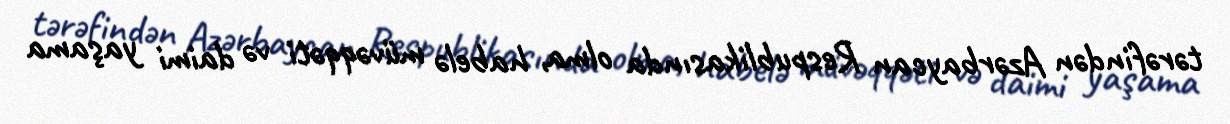
tərəfindən Azərbaycan Respublikasında olma, habelə müvəqqəti və daimi yaşama